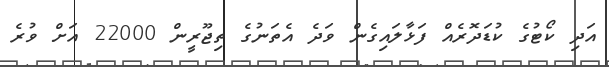
އަދި ކޯޓުގެ ކުޑަދޮރެއް ފަޅާލައިގެން ވަދެ އެތަނުގެ ތިޖޫރީން 22000 އަށް ވުރެ